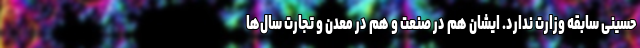
حسینی سابقه وزارت ندارد. ایشان هم در صنعت و هم در معدن و تجارت سال‌ها